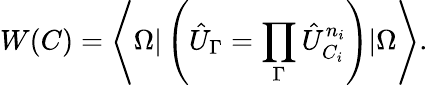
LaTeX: W(C)=\left\langle\Omega|\left(\hat{U}_{\Gamma}=\prod_{\Gamma}\hat{U}_{C_{i}}^{n_{i}}\right)|\Omega\right\rangle.